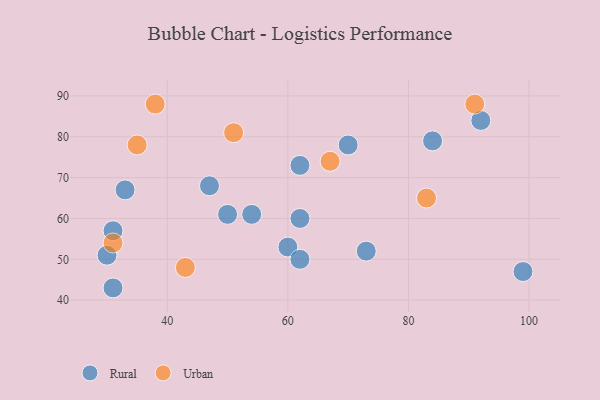
{"axis": {"x": "GDP", "y": "Life Expectancy"}, "legend": ["Rural", "Urban"], "data": [{"x": "99", "y": 47, "type": "Rural"}, {"x": "84", "y": 79, "type": "Rural"}, {"x": "31", "y": 43, "type": "Rural"}, {"x": "50", "y": 61, "type": "Rural"}, {"x": "54", "y": 61, "type": "Rural"}, {"x": "73", "y": 52, "type": "Rural"}, {"x": "30", "y": 51, "type": "Rural"}, {"x": "92", "y": 84, "type": "Rural"}, {"x": "60", "y": 53, "type": "Rural"}, {"x": "70", "y": 78, "type": "Rural"}, {"x": "31", "y": 57, "type": "Rural"}, {"x": "62", "y": 60, "type": "Rural"}, {"x": "62", "y": 73, "type": "Rural"}, {"x": "33", "y": 67, "type": "Rural"}, {"x": "62", "y": 50, "type": "Rural"}, {"x": "47", "y": 68, "type": "Rural"}, {"x": "83", "y": 65, "type": "Urban"}, {"x": "91", "y": 88, "type": "Urban"}, {"x": "43", "y": 48, "type": "Urban"}, {"x": "31", "y": 54, "type": "Urban"}, {"x": "51", "y": 81, "type": "Urban"}, {"x": "35", "y": 78, "type": "Urban"}, {"x": "67", "y": 74, "type": "Urban"}, {"x": "38", "y": 88, "type": "Urban"}]}